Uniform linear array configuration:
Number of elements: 24
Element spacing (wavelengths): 0.75
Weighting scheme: cosine
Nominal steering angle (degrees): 60
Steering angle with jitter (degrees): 58.352
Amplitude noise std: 0.05
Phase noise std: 0.05

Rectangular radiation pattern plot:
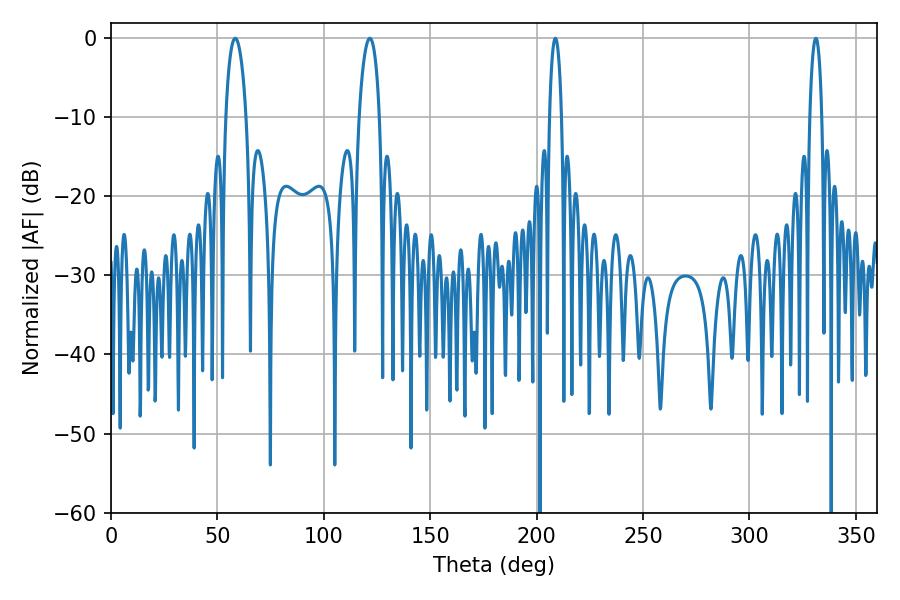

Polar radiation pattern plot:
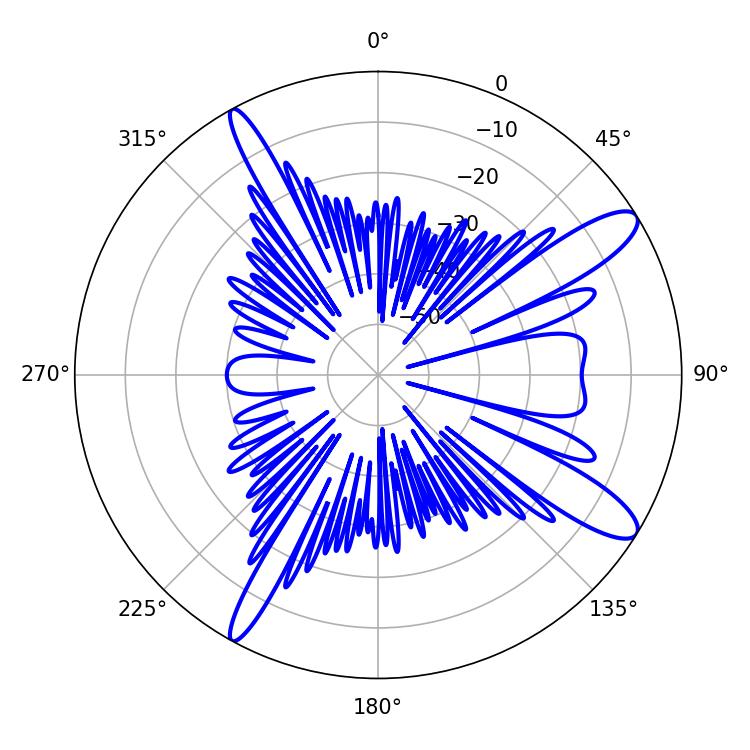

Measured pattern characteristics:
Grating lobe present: TRUE
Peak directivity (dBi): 12.105
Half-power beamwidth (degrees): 3.24
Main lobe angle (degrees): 208.8